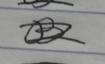
Signature authenticity: forged